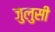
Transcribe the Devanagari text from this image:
जुलुसी